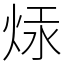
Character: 㶹